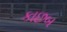
કાછબ